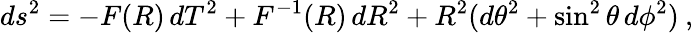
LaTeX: ds^{2}=-F(R)\, dT^{2}+F^{-1}(R)\, dR^{2}+R^{2}(d\theta^{2}+\sin^{2}\theta\, d\phi^{2})\: ,